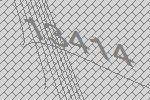
13414